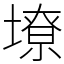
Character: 㙩